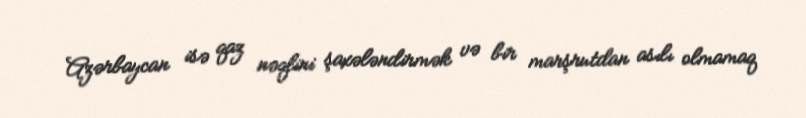
Azərbaycan isə qaz nəqlini şaxələndirmək və bir marşrutdan asılı olmamaq